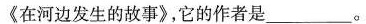
《在河边发生的故事》，它的作者是___。